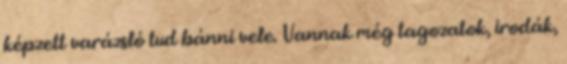
képzett varázsló tud bánni vele. Vannak még tagozatok, irodák,